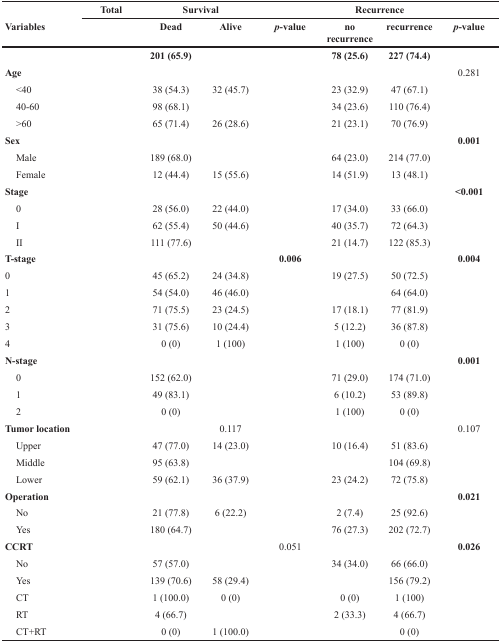
<table><thead><tr><td>[EMPTY_CELL]</td><td><b>Total</b></td><td colspan="2"><b>Survival</b></td><td colspan="4"><b>Recurrence</b></td></tr><tr><td><b>Variables</b></td><td>[EMPTY_CELL]</td><td><b>Dead</b></td><td><b>Alive</b></td><td><b><i>p</i>-value</b></td><td><b>no recurrence</b></td><td><b>recurrence</b></td><td><b><i>p</i>-value</b></td></tr></thead><tbody><tr><td>[EMPTY_CELL]</td><td>[EMPTY_CELL]</td><td><b>201 (65.9)</b></td><td>[EMPTY_CELL]</td><td>[EMPTY_CELL]</td><td><b>78 (25.6)</b></td><td><b>227 (74.4)</b></td><td>[EMPTY_CELL]</td></tr><tr><td><b>Age</b></td><td>[EMPTY_CELL]</td><td>[EMPTY_CELL]</td><td>[EMPTY_CELL]</td><td>[EMPTY_CELL]</td><td>[EMPTY_CELL]</td><td>[EMPTY_CELL]</td><td>0.281</td></tr><tr><td> &lt;40</td><td>[EMPTY_CELL]</td><td>38 (54.3)</td><td>32 (45.7)</td><td>[EMPTY_CELL]</td><td>23 (32.9)</td><td>47 (67.1)</td><td>[EMPTY_CELL]</td></tr><tr><td> 40-60</td><td>[EMPTY_CELL]</td><td>98 (68.1)</td><td>[EMPTY_CELL]</td><td>[EMPTY_CELL]</td><td>34 (23.6)</td><td>110 (76.4)</td><td>[EMPTY_CELL]</td></tr><tr><td> &gt;60</td><td>[EMPTY_CELL]</td><td>65 (71.4)</td><td>26 (28.6)</td><td>[EMPTY_CELL]</td><td>21 (23.1)</td><td>70 (76.9)</td><td>[EMPTY_CELL]</td></tr><tr><td><b>Sex</b></td><td>[EMPTY_CELL]</td><td>[EMPTY_CELL]</td><td>[EMPTY_CELL]</td><td>[EMPTY_CELL]</td><td>[EMPTY_CELL]</td><td>[EMPTY_CELL]</td><td><b>0.001</b></td></tr><tr><td> Male</td><td>[EMPTY_CELL]</td><td>189 (68.0)</td><td>[EMPTY_CELL]</td><td>[EMPTY_CELL]</td><td>64 (23.0)</td><td>214 (77.0)</td><td>[EMPTY_CELL]</td></tr><tr><td> Female</td><td>[EMPTY_CELL]</td><td>12 (44.4)</td><td>15 (55.6)</td><td>[EMPTY_CELL]</td><td>14 (51.9)</td><td>13 (48.1)</td><td>[EMPTY_CELL]</td></tr><tr><td><b>Stage</b></td><td>[EMPTY_CELL]</td><td>[EMPTY_CELL]</td><td>[EMPTY_CELL]</td><td>[EMPTY_CELL]</td><td>[EMPTY_CELL]</td><td>[EMPTY_CELL]</td><td><b>&lt;0.001</b></td></tr><tr><td> 0</td><td>[EMPTY_CELL]</td><td>28 (56.0)</td><td>22 (44.0)</td><td>[EMPTY_CELL]</td><td>17 (34.0)</td><td>33 (66.0)</td><td>[EMPTY_CELL]</td></tr><tr><td> I</td><td>[EMPTY_CELL]</td><td>62 (55.4)</td><td>50 (44.6)</td><td>[EMPTY_CELL]</td><td>40 (35.7)</td><td>72 (64.3)</td><td>[EMPTY_CELL]</td></tr><tr><td> II</td><td>[EMPTY_CELL]</td><td>111 (77.6)</td><td>[EMPTY_CELL]</td><td>[EMPTY_CELL]</td><td>21 (14.7)</td><td>122 (85.3)</td><td>[EMPTY_CELL]</td></tr><tr><td><b>T-stage</b></td><td>[EMPTY_CELL]</td><td>[EMPTY_CELL]</td><td>[EMPTY_CELL]</td><td><b>0.006</b></td><td>[EMPTY_CELL]</td><td>[EMPTY_CELL]</td><td><b>0.004</b></td></tr><tr><td>0</td><td>[EMPTY_CELL]</td><td>45 (65.2)</td><td>24 (34.8)</td><td>[EMPTY_CELL]</td><td>19 (27.5)</td><td>50 (72.5)</td><td>[EMPTY_CELL]</td></tr><tr><td>1</td><td>[EMPTY_CELL]</td><td>54 (54.0)</td><td>46 (46.0)</td><td>[EMPTY_CELL]</td><td>[EMPTY_CELL]</td><td>64 (64.0)</td><td>[EMPTY_CELL]</td></tr><tr><td>2</td><td>[EMPTY_CELL]</td><td>71 (75.5)</td><td>23 (24.5)</td><td>[EMPTY_CELL]</td><td>17 (18.1)</td><td>77 (81.9)</td><td>[EMPTY_CELL]</td></tr><tr><td>3</td><td>[EMPTY_CELL]</td><td>31 (75.6)</td><td>10 (24.4)</td><td>[EMPTY_CELL]</td><td>5 (12.2)</td><td>36 (87.8)</td><td>[EMPTY_CELL]</td></tr><tr><td>4</td><td>[EMPTY_CELL]</td><td>0 (0)</td><td>1 (100)</td><td>[EMPTY_CELL]</td><td>1 (100)</td><td>0 (0)</td><td>[EMPTY_CELL]</td></tr><tr><td><b>N-stage</b></td><td>[EMPTY_CELL]</td><td>[EMPTY_CELL]</td><td>[EMPTY_CELL]</td><td>[EMPTY_CELL]</td><td>[EMPTY_CELL]</td><td>[EMPTY_CELL]</td><td><b>0.001</b></td></tr><tr><td> 0</td><td>[EMPTY_CELL]</td><td>152 (62.0)</td><td>[EMPTY_CELL]</td><td>[EMPTY_CELL]</td><td>71 (29.0)</td><td>174 (71.0)</td><td>[EMPTY_CELL]</td></tr><tr><td> 1</td><td>[EMPTY_CELL]</td><td>49 (83.1)</td><td>[EMPTY_CELL]</td><td>[EMPTY_CELL]</td><td>6 (10.2)</td><td>53 (89.8)</td><td>[EMPTY_CELL]</td></tr><tr><td> 2</td><td>[EMPTY_CELL]</td><td>0 (0)</td><td>[EMPTY_CELL]</td><td>[EMPTY_CELL]</td><td>1 (100)</td><td>0 (0)</td><td>[EMPTY_CELL]</td></tr><tr><td><b>Tumor location</b></td><td>[EMPTY_CELL]</td><td>[EMPTY_CELL]</td><td>0.117</td><td>[EMPTY_CELL]</td><td>[EMPTY_CELL]</td><td>[EMPTY_CELL]</td><td>0.107</td></tr><tr><td> Upper</td><td>[EMPTY_CELL]</td><td>47 (77.0)</td><td>14 (23.0)</td><td>[EMPTY_CELL]</td><td>10 (16.4)</td><td>51 (83.6)</td><td>[EMPTY_CELL]</td></tr><tr><td> Middle</td><td>[EMPTY_CELL]</td><td>95 (63.8)</td><td>[EMPTY_CELL]</td><td>[EMPTY_CELL]</td><td>[EMPTY_CELL]</td><td>104 (69.8)</td><td>[EMPTY_CELL]</td></tr><tr><td> Lower</td><td>[EMPTY_CELL]</td><td>59 (62.1)</td><td>36 (37.9)</td><td>[EMPTY_CELL]</td><td>23 (24.2)</td><td>72 (75.8)</td><td>[EMPTY_CELL]</td></tr><tr><td><b>Operation</b></td><td>[EMPTY_CELL]</td><td>[EMPTY_CELL]</td><td>[EMPTY_CELL]</td><td>[EMPTY_CELL]</td><td>[EMPTY_CELL]</td><td>[EMPTY_CELL]</td><td><b>0.021</b></td></tr><tr><td> No</td><td>[EMPTY_CELL]</td><td>21 (77.8)</td><td>6 (22.2)</td><td>[EMPTY_CELL]</td><td>2 (7.4)</td><td>25 (92.6)</td><td>[EMPTY_CELL]</td></tr><tr><td> Yes</td><td>[EMPTY_CELL]</td><td>180 (64.7)</td><td>[EMPTY_CELL]</td><td>[EMPTY_CELL]</td><td>76 (27.3)</td><td>202 (72.7)</td><td>[EMPTY_CELL]</td></tr><tr><td><b>CCRT</b></td><td>[EMPTY_CELL]</td><td>[EMPTY_CELL]</td><td>[EMPTY_CELL]</td><td>0.051</td><td>[EMPTY_CELL]</td><td>[EMPTY_CELL]</td><td><b>0.026</b></td></tr><tr><td> No</td><td>[EMPTY_CELL]</td><td>57 (57.0)</td><td>[EMPTY_CELL]</td><td>[EMPTY_CELL]</td><td>34 (34.0)</td><td>66 (66.0)</td><td>[EMPTY_CELL]</td></tr><tr><td> Yes</td><td>[EMPTY_CELL]</td><td>139 (70.6)</td><td>58 (29.4)</td><td>[EMPTY_CELL]</td><td>[EMPTY_CELL]</td><td>156 (79.2)</td><td>[EMPTY_CELL]</td></tr><tr><td> CT</td><td>[EMPTY_CELL]</td><td>1 (100.0)</td><td>0 (0)</td><td>[EMPTY_CELL]</td><td>0 (0)</td><td>1 (100)</td><td>[EMPTY_CELL]</td></tr><tr><td> RT</td><td>[EMPTY_CELL]</td><td>4 (66.7)</td><td>[EMPTY_CELL]</td><td>[EMPTY_CELL]</td><td>2 (33.3)</td><td>4 (66.7)</td><td>[EMPTY_CELL]</td></tr><tr><td> CT+RT</td><td>[EMPTY_CELL]</td><td>0 (0)</td><td>1 (100.0)</td><td>[EMPTY_CELL]</td><td>[EMPTY_CELL]</td><td>0 (0)</td><td>[EMPTY_CELL]</td></tr></tbody></table>